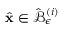
\hat { \mathbf { x } } \in \hat { \mathcal { B } } _ { \epsilon } ^ { \left( i \right) }